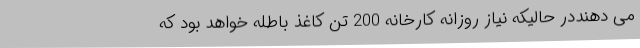
می دهنددر حالیکه نیاز روزانه کارخانه 200 تن کاغذ باطله خواهد بود که